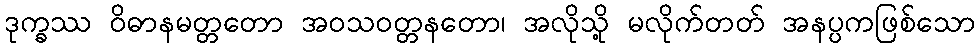
ဒုက္ခဿ ဝိဓာနမတ္တတော အဝသဝတ္တနတော၊ အလိုသို့ မလိုက်တတ် အနပ္ပကဖြစ်သော